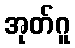
အုတ်ဂူ